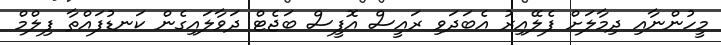
މީހުންނާއި ދިމާލަށް ފެލޭއިރު އެބަދަވި ރައީސް އޮފީސް ބަޖެޓް ދަވާލައިގެން ކަނޑުފައްތާ ފިލްމް